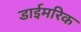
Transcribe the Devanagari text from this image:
डाईमरिक